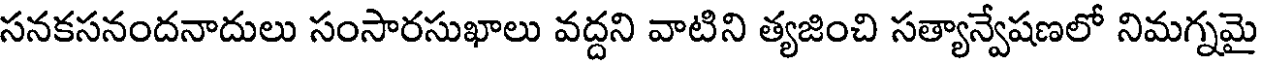
సనకసనందనాదులు సంసారసుఖాలు వద్దని వాటిని త్యజించి సత్యాన్వేషణలో నిమగ్నమై